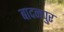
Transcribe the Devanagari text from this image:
बादनपुर